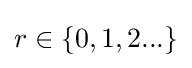
r\in \{0,1,2...\}